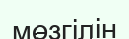
мөзгілін